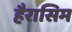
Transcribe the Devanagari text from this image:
हैरासिम